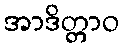
အာဒိတ္တာဝ